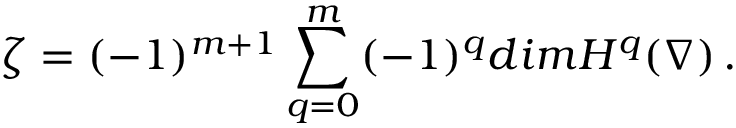
\zeta = ( - 1 ) ^ { m + 1 } \sum _ { q = 0 } ^ { m } ( - 1 ) ^ { q } d i m H ^ { q } ( \nabla ) \, .